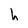
Character: h